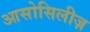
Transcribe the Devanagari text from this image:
आसोसिलीज़